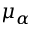
\mu _ { \alpha }